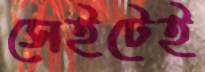
সেইটেই